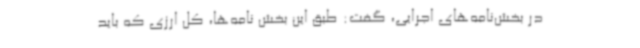
در بخش‌نامه‌های اجرایی، گفت: طبق این بخش نامه‌ها، کل ارزی که باید